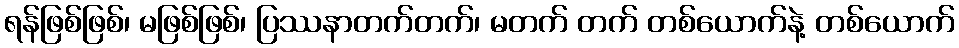
ရန်ဖြစ်ဖြစ်၊ မဖြစ်ဖြစ်၊ ပြဿနာတက်တက်၊ မတက် တက် တစ်ယောက်နဲ့ တစ်ယောက်